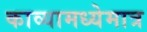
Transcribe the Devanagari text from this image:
काव्यामध्येमात्र